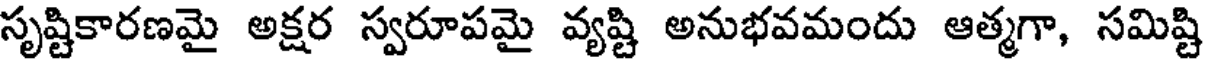
సృష్టికారణమై అక్షర స్వరూపమై వ్యష్టి అనుభవమందు ఆత్మగా, సమిష్టి